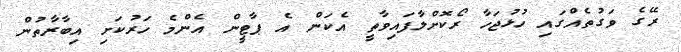
ރޭގެ ވަގުތެއްގައި ހުޅުޖަހާ ރޯކޮށްލާފައިވާތީ އެކަން އެ ޕާޓީން އެންމެ ހަރުކަށި އިބާރާތުން